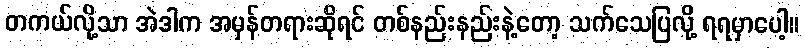
တကယ်လို့သာ အဲဒါက အမှန်တရားဆိုရင် တစ်နည်းနည်းနဲ့တော့ သက်သေပြလို့ ရရမှာပေါ့။